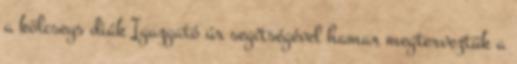
a kölcseys diák Igazgató úr segítségével hamar megterveztük a